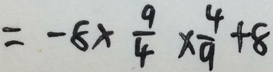
= - 8 \times \frac { 9 } { 4 } \times \frac { 4 } { 9 } + 8